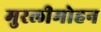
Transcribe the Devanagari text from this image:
मुरलीमोहन